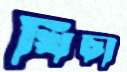
খিঁচা